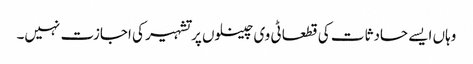
وہاں ایسے حادثات کی قطعا ٹی وی چینلوں پر تشہیر کی اجازت نہیں۔